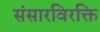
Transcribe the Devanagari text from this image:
संसारविरक्ति